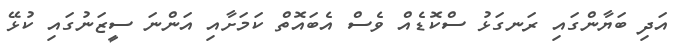
އަދި ބަޔާންގައި ރަނގަޅު ސްކޮޑެއް ވެސް އެބައޮތް ކަމަށާއި އަންނަ ސީޒަނުގައި ކުޅޭ